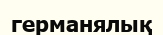
германялық